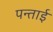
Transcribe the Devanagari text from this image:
पन्ताई